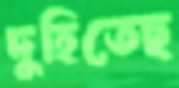
দুহিতেছ